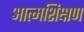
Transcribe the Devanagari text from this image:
आत्मशिक्षण